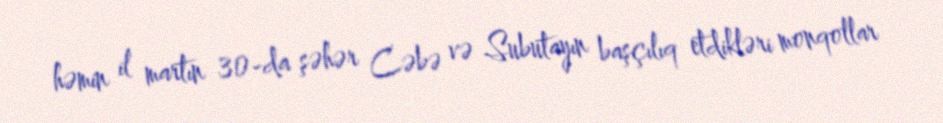
həmin il martın 30-da şəhər Cəbə və Subutayın başçılıq etdikləri monqollar